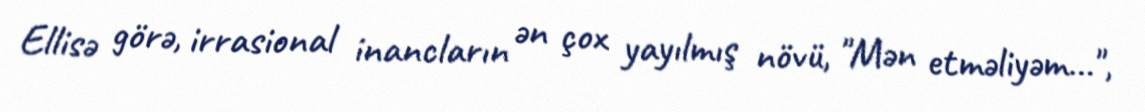
Ellisə görə, irrasional inancların ən çox yayılmış növü, "Mən etməliyəm…",